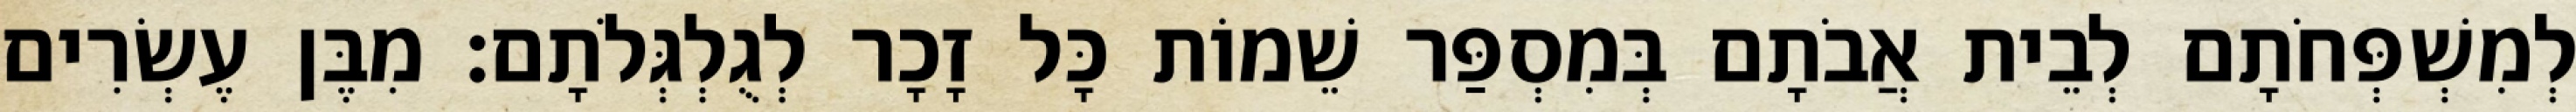
לְמִשְׁפְּחֹתָם לְבֵית אֲבֹתָם בְּמִסְפַּר שֵׁמוֹת כָּל זָכָר לְגֻלְגְּלֹתָם׃ מִבֶּן עֶשְׂרִים